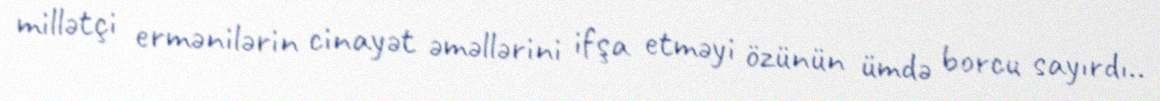
millətçi ermənilərin cinayət əməllərini ifşa etməyi özünün ümdə borcu sayırdı..